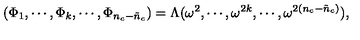
( \Phi _ { 1 } , \cdots , \Phi _ { k } , \cdots , \Phi _ { n _ { c } - \tilde { n } _ { c } } ) = \Lambda ( \omega ^ { 2 } , \cdots , \omega ^ { 2 k } , \cdots , \omega ^ { 2 ( n _ { c } - \tilde { n } _ { c } ) } ) ,